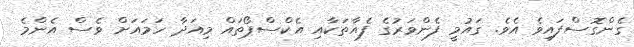
ގެންގޮސްފައިވެ އެވެ. ގައުމީ ފެންވަރުގެ ފެއާތަކާއި އެކްސްޕޯތައް މިއަދާ ހަމައަށް ވެސް އެންމެ